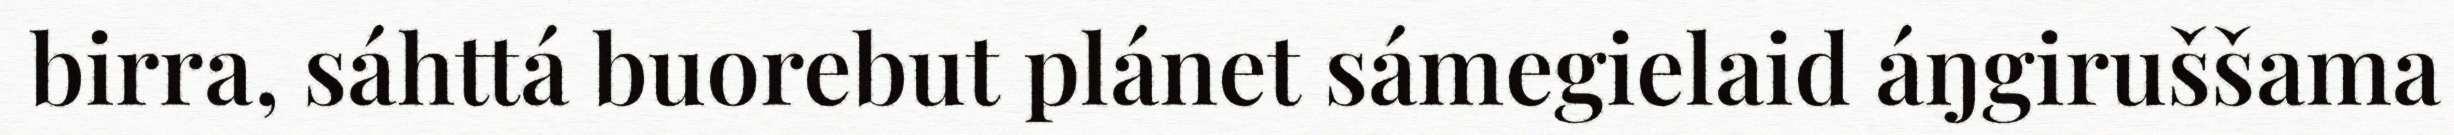
birra, sáhttá buorebut plánet sámegielaid áŋgiruššama